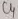
Text: C4